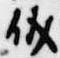
儀